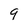
Character: 9